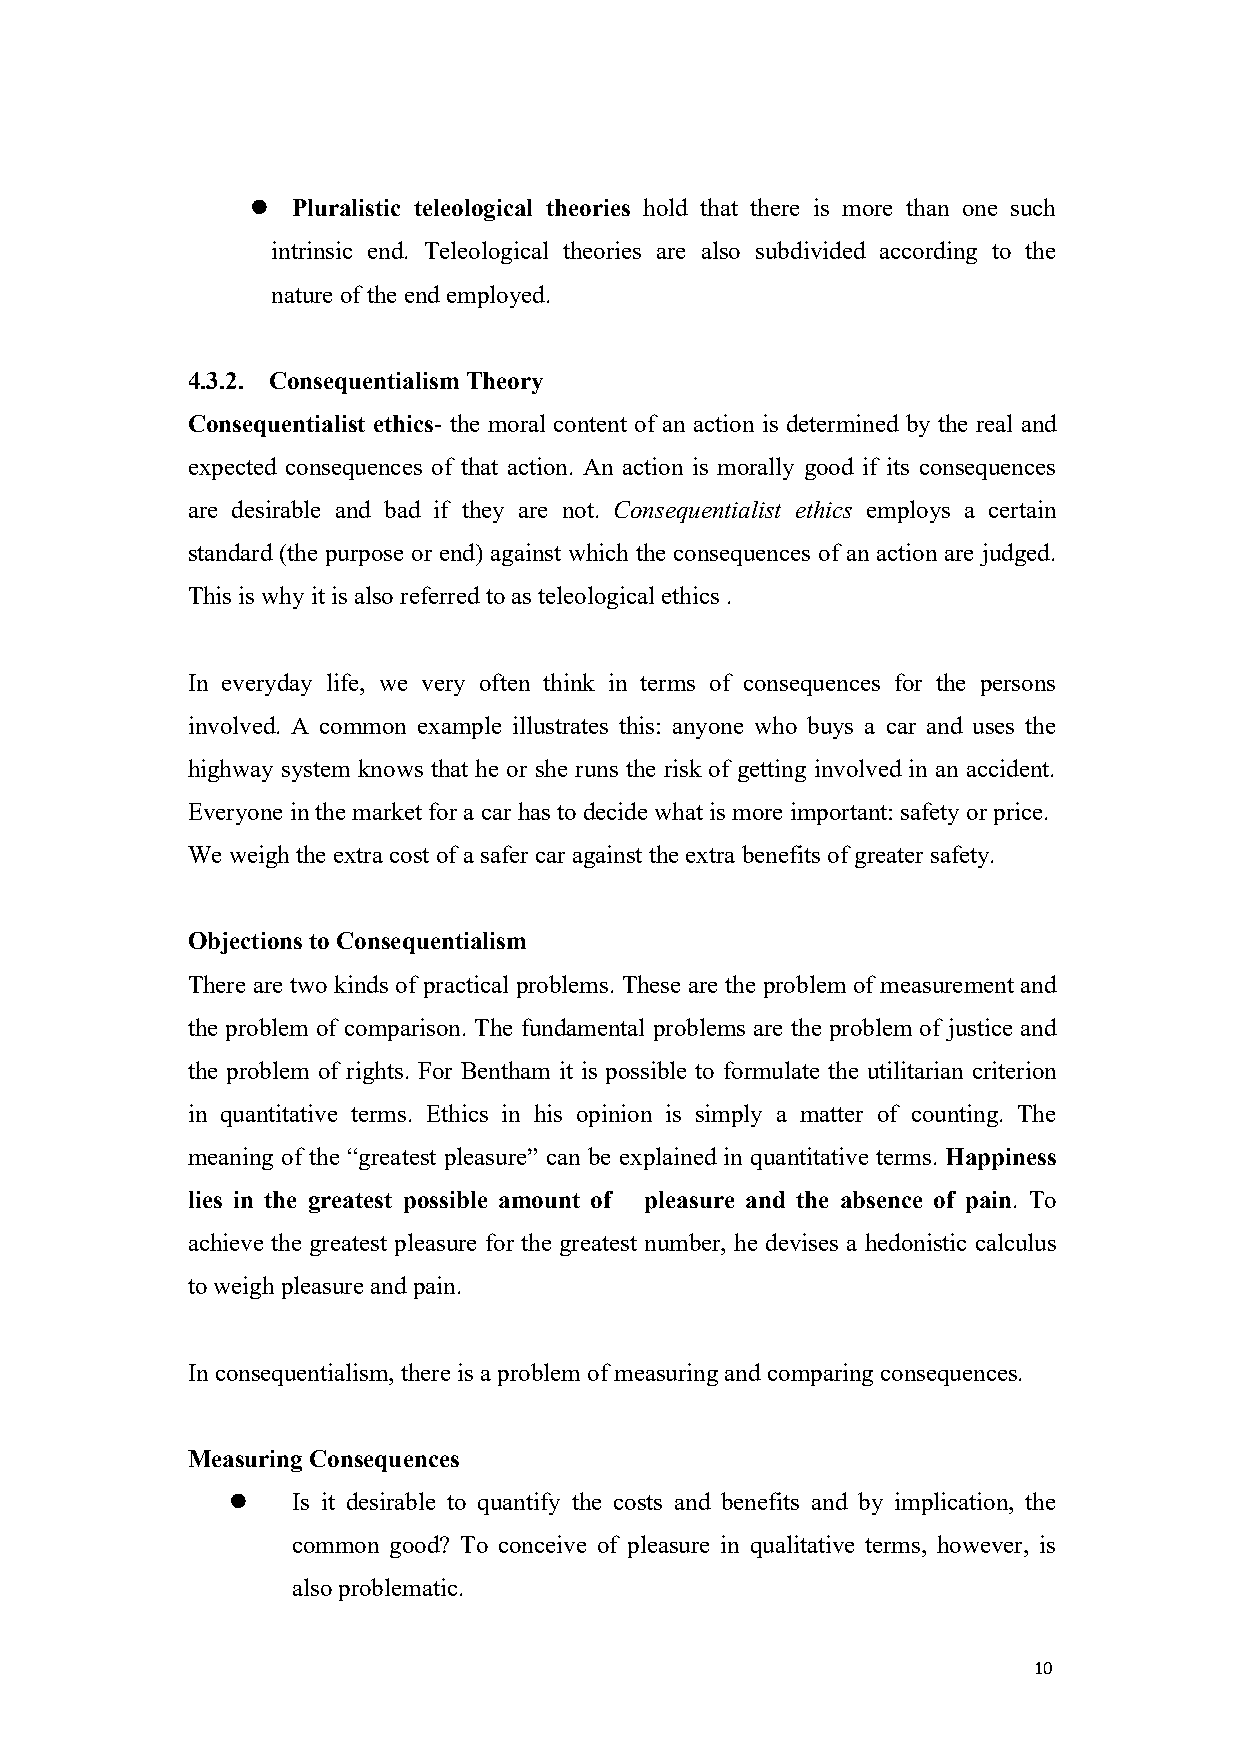
 Pluralistic teleological theories hold that there is more than one such
 intrinsic end. Teleological theories are also subdivided according to the
 nature oftheend employed.
 4.3.2. ConsequentialismTheory
 Consequentialist ethics- the moral content of an action is determined by the real and
 expected consequences of that action. An action is morally good if its consequences
 are desirable and bad if they are not. Consequentialist ethics employs a certain
 standard (the purpose or end) against which the consequences of an action are judged.
 Thisis why itis also referred to as teleological ethics .
 In everyday life, we very often think in terms of consequences for the persons
 involved. A common example illustrates this: anyone who buys a car and uses the
 highway system knows that he or she runs the risk of getting involved in an accident.
 Everyone in themarket for a car has to decidewhat is moreimportant: safety or price.
 Weweigh theextracost ofa safer car against theextrabenefits ofgreater safety.
 Objections to Consequentialism
 There are two kinds of practical problems. These are the problem of measurement and
 the problem of comparison. The fundamental problems are the problem of justice and
 the problem of rights. For Bentham it is possible to formulate the utilitarian criterion
 in quantitative terms. Ethics in his opinion is simply a matter of counting. The
 meaning of the “greatest pleasure” can be explained in quantitative terms. Happiness
 lies in the greatest possible amount of pleasure and the absence of pain. To
 achieve the greatest pleasure for the greatest number, he devises a hedonistic calculus
 toweigh pleasure and pain.
 In consequentialism, there is aproblem ofmeasuring and comparing consequences.
 Measuring Consequences
    Is it desirable to quantify the costs and benefits and by implication, the
 common good? To conceive of pleasure in qualitative terms, however, is
 alsoproblematic.
 10